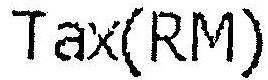
TAX(RM)